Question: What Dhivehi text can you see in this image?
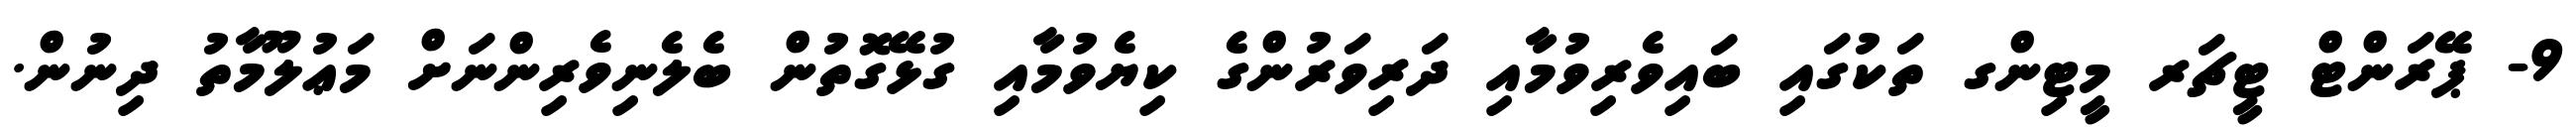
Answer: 9- ޕޭރަންޓް ޓީޗަރ މީޓިންގ ތަކުގައި ބައިވެރިވުމާއި ދަރިވަރުންގެ ކިޔެވުމާއި ގުޅޭގޮތުން ބެލެނިވެރިންނަށް މަޢުލޫމާތު ދިނުން.